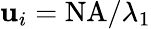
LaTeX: \mathbf{u}_{i}=\mathrm{NA}/\lambda_{1}